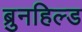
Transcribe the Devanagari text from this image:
ब्रुनहिल्ड